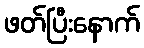
ဖတ်ပြီးနောက်